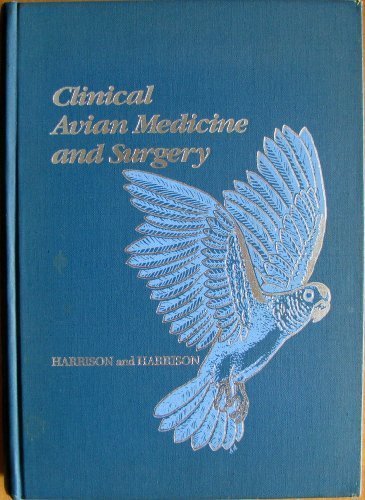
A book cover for Clinical Avian Medicine and Surgery: Including Aviculture; Greg J. Harrison; Medical Books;